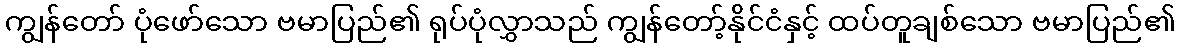
ကျွန်တော် ပုံဖော်သော ဗမာပြည်၏ ရုပ်ပုံလွှာသည် ကျွန်တော့်နိုင်ငံနှင့် ထပ်တူချစ်သော ဗမာပြည်၏